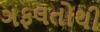
ગફલતોથી